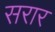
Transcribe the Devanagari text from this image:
सरार